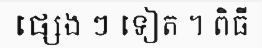
ផ្សេង ៗ ទៀត ។ ពិធី